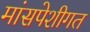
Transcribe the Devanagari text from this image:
मांसपेशीगत